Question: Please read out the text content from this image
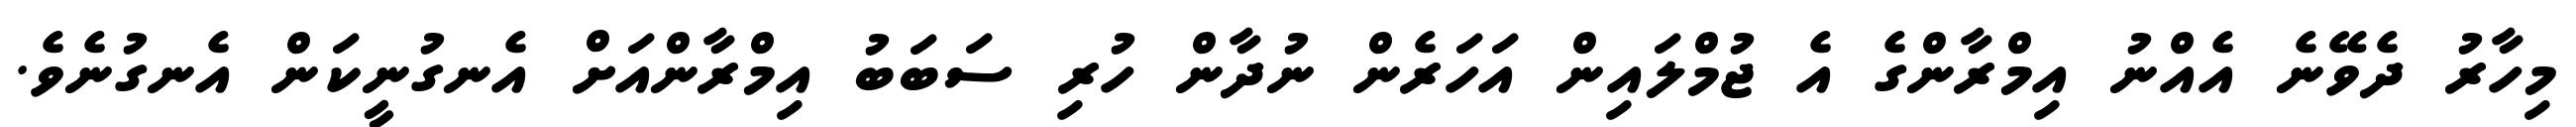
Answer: މިހާރު ދެވޭނެ އެއްނު އިމްރާންގެ އެ ޖުމްލައިން އަހަރެން ނުދާން ހުރި ސަބަބު އިމްރާންއަށް އެނގުނީކަން އެނގުނެވެ.